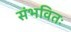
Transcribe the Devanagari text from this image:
संभवितः